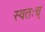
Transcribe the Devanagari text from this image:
स्वतःच्